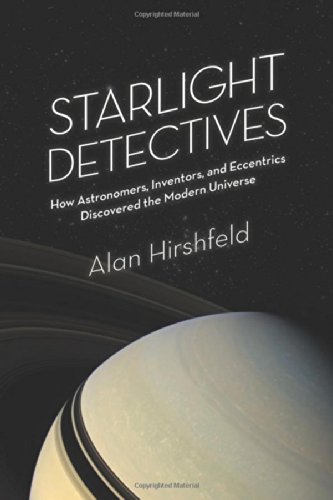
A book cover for Starlight Detectives: How Astronomers, Inventors, and Eccentrics Discovered the Modern Universe; Alan Hirshfeld; Science & Math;